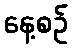
နေ့စဉ်